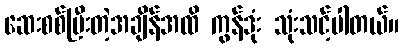
ဆေးစစ်ပြီးတဲ့အချိန်အထိ ကွန်ဒုံး သုံးသင့်ပါတယ်။